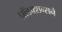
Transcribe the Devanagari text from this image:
प्रॉडक्शन्सने